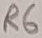
Text: R6